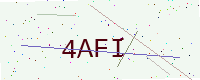
Text: 4AFI